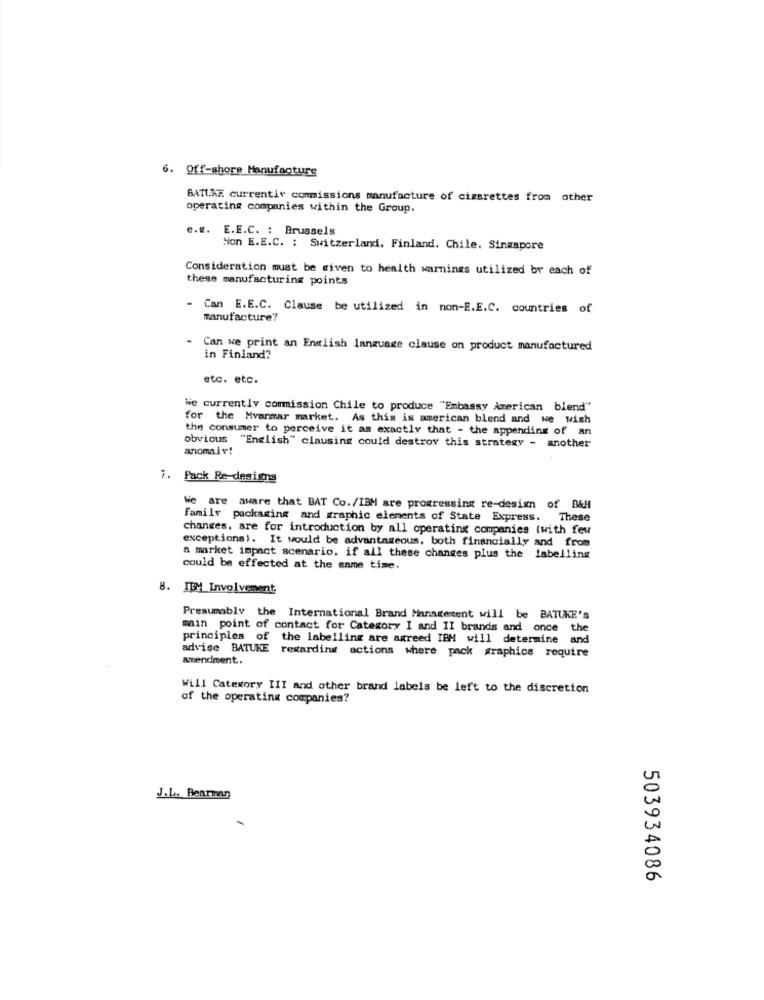
6.
Off-shore Manufacture
BATUKE currentir commissions manufacture of cigarettes from other
operating companies within the Group,
e.g. E.E.C. : Brussels
Non E.E.C. : Switzerland, Finland. Chile. Singapore
Consideration must be given to health warnings utilized br each of
these manufacturing points
- Can E.E.C. Clause be utilized in non-E.E.C. countries of
manufacture?
Can we print an English language clause on product manufactured
in Finland?
etc. etc.
We currently commission Chile to produce "Embassy American blend"
for the Myanmar market. As this is american blend and we wish
the consumer to perceive it as exactly that - the appending of an
obvious "English" clausing could destroy this strategy - another
anomaly!
Pack Re-designs
We are aware that BAT Co./IBM are progressing re-design of B&H
family packaging and graphic elements of State Express. These
changes, are for introduction by all operating companies (with few
exceptional. It would be advantageous, both financially and from
a market impact scenario, if all these changes plus the labelling
could be effected at the same time.
8. IBM Involvement
Presumably the International Brand Management will be BATUKE's
main point of contact for Category I and II brands and once the
principles of the labelling are agreed IBM will determine and
advise BATUKE regarding actions where pack graphics require
amendment.
Will Category III and other brand labels be left to the discretion
of the operating companies?
J.L. Bearman
503934086